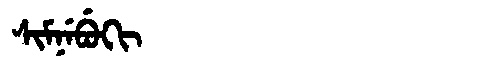
Manchu: ᠰᡳᠮᠨᡝᠪᡠᡴᡳ
Romanization: SIMNEBUKI